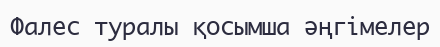
Фалес туралы қосымша әңгімелер